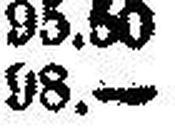
98.—